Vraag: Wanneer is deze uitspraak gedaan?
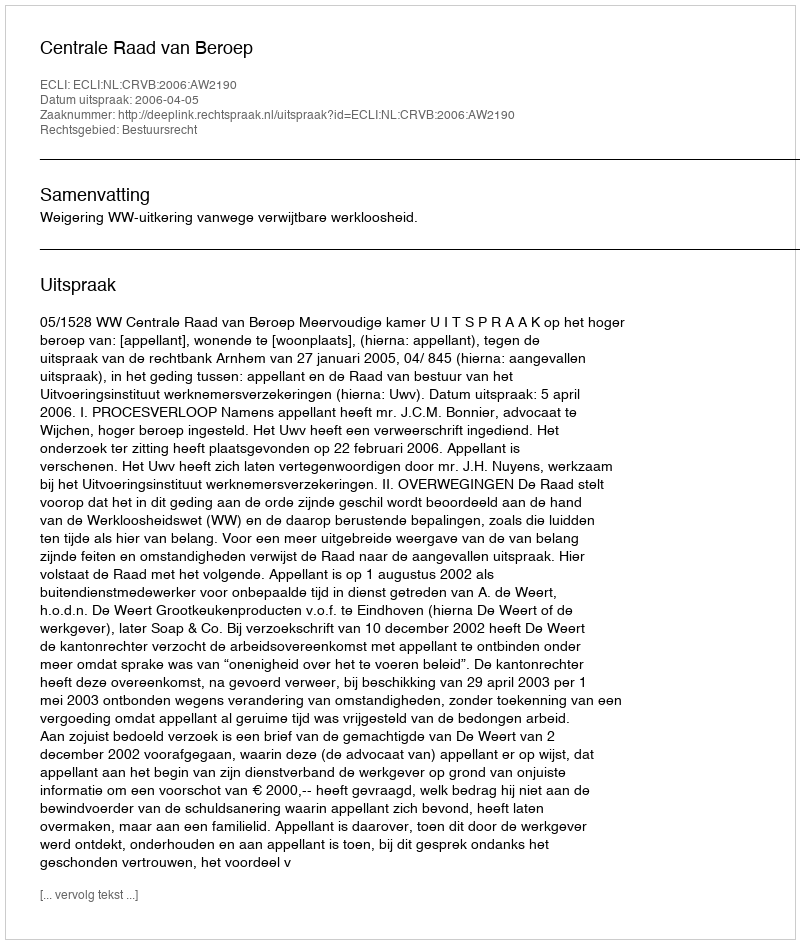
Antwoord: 2006-04-05